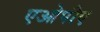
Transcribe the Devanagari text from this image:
एओपीए